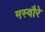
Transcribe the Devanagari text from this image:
मस्वौरे